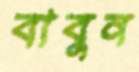
বাবুন